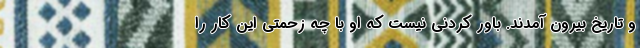
و تاریخ بیرون آمدند. باور کردنی نیست که او با چه زحمتی این کار را